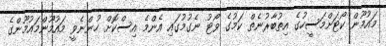
މައުމޫން ކޯޓަށްމަސީހުގެ އިތުބާރުނެތް ކަމުގެ ވޯޓު ނެގުމުގައި އެންމެ އިސްކޮށް ހުންނެވީ މައުމޫންމައުމޫންގެ